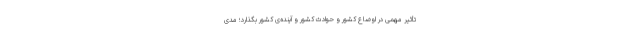
تأثیر مهمّی در اوضاع کشور و حوادث کشور و آینده‌ی کشور بگذارد؛ مدی